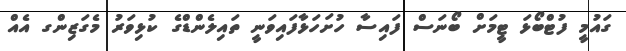
ގައުމީ ފުޓްބޯޅަ ޓީމަށް ބޯނަސް ފައިސާ ހުށަހަޅާފައިވަނީ ތައިލެންޑްގެ ކުޅިވަރު މެގަޒިންގ އެއް